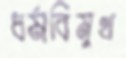
ধর্মবিমুখ